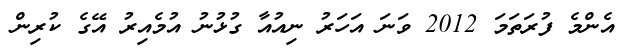
އެންމެ ފުރަތަމަ 2012 ވަނަ އަހަރު ނިއުއާ ގުޅުނު އުމެއިރު އޭގެ ކުރިން